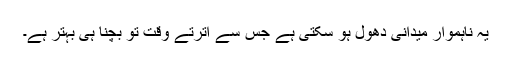
یہ ناہموار میدانی دھول ہو سکتی ہے جس سے اترتے وقت تو بچنا ہی بہتر ہے۔